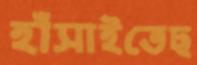
হাঁসাইতেছ